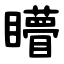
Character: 矒